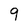
Character: 9